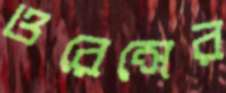
ওরেন্সের